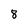
Character: 8